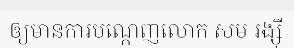
ឲ្យមានការបណ្តេញលោក សម រង្ស៊ី